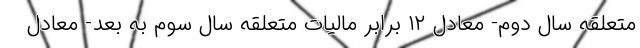
متعلقه سال دوم- معادل ۱۲ برابر مالیات متعلقه سال سوم به بعد- ‌معادل